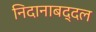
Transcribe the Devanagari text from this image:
निदानाबद्दल